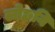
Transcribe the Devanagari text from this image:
लोछनि